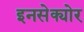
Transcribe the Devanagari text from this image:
इनसेक्योर